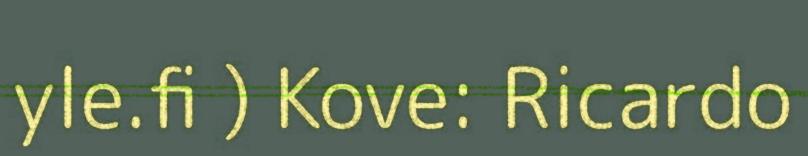
yle.fi ) Kove: Ricardo